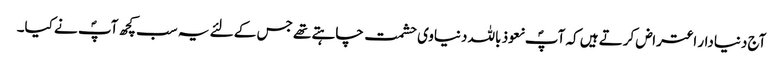
آج دنیادار اعتراض کرتے ہیں کہ آپؐ نعوذ باللہ دنیاوی حشمت چاہتے تھے جس کے لئے یہ سب کچھ آپؐ نے کیا۔